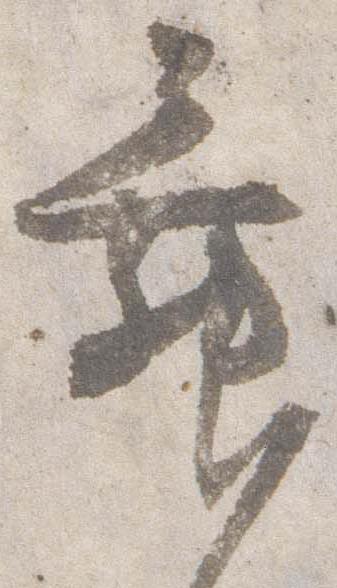
舞